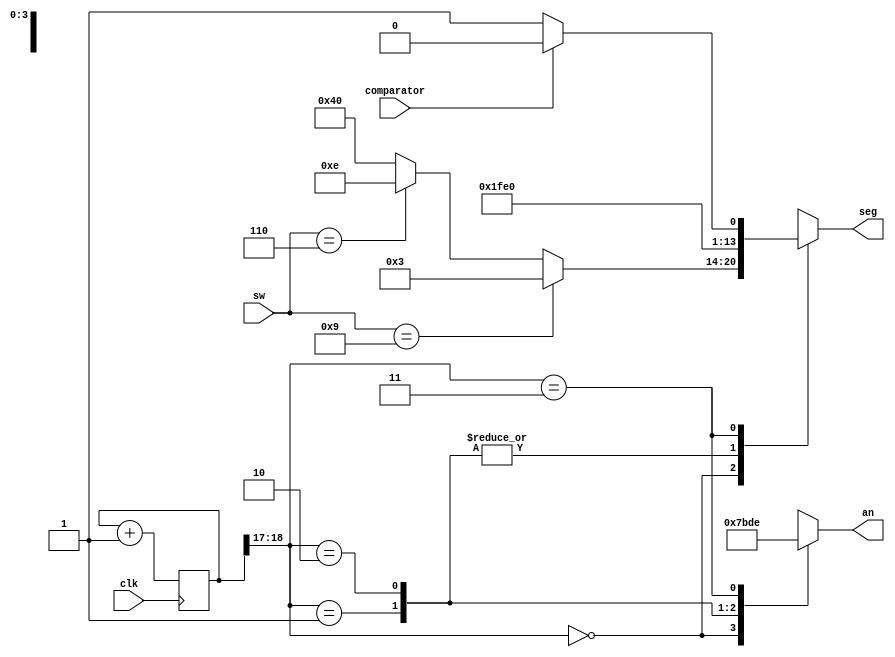
`timescale 1ns / 1ps
//////////////////////////////////////////////////////////////////////////////////
// Module Name: disp_1234
// Project Name: 
// Target Devices:  
// Description: 

//////////////////////////////////////////////////////////////////////////////////

module SSD(
     input clk,
     input comparator,
     input [11:8] sw,
     output reg [3:0] an,      // 4 (anodes)
     output reg [6:0] seg    // 7 (Cathodes)                                
     );
        //reg comparator = 1;
     // Use the 2 MSBs of 19-bit counter to create 190 Hz frequency refresh
     reg [18:0] count;
     always @ (posedge clk)
          count = count + 1;

     // This wire is driven by the 2 MSBs of the counter. We'll use it to
     // refresh the display.
     wire [1:0] refresh;
     assign refresh = count[18:17];

//Case to display desired numbers in our case "1234"
     always @ (*)
          case(refresh)
          2'b00:
                    begin
                          if (sw[11:8] == 4'b1001)
                                begin
                                  an = 4'b0111;
                                  seg = 7'b0000011;//Dispays "B" for over
                                end
                          else if (sw[11:8] == 4'b0110)
                                begin
                                  an = 4'b0111;
                                  seg= 7'b0001110; //Displays "F" for under
                                end 
                         else if (sw[11:8] == 4'b1010)
                             begin
                                 an = 4'b0111;
                                 seg= 7'b1000000; //Displays "0" for under
                             end 
                         else 
                             begin
                                  an = 4'b0111;
                                  seg= 7'b1000000; //Displays "0" for under
                             end
               end            
          2'b01:
               begin
                    an = 4'b1011;
                    seg = 7'b1111111;//Displays 0 
               end
          2'b10:
               begin
                    an = 4'b1101;
                    seg = 7'b1111111;//Displays 0 
               end
          2'b11:
               begin     
                         if (comparator == 1)
                                begin
                                  an = 4'b1110;
                                  seg = 7'b1000000;//Dispays "O" for over
                                end
                              else
                                begin
                                  an = 4'b1110;
                                  seg = 7'b1000001; //Displays "U" for under
                                end
              end
          endcase
endmodule